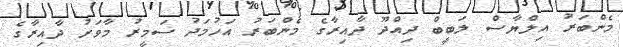
މެންބަރު އިލްޔާސް ލަބީބް ދިއްދޫ ދާއިރާގެ މެންބަރު އަހުމަދު ސަމީރު މާވަށު ދާއިރާގެ